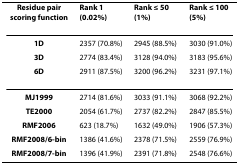
<table><thead><tr><td><b>Residue pair scoring function</b></td><td><b>Rank 1(0.02%)</b></td><td><b>Rank ≤ 50(1%)</b></td><td><b>Rank ≤ 100(5%)</b></td></tr></thead><tbody><tr><td><b>1D</b></td><td>2357 (70.8%)</td><td>2945 (88.5%)</td><td>3030 (91.0%)</td></tr><tr><td><b>3D</b></td><td>2774 (83.4%)</td><td>3128 (94.0%)</td><td>3183 (95.6%)</td></tr><tr><td><b>6D</b></td><td>2911 (87.5%)</td><td>3200 (96.2%)</td><td>3231 (97.1%)</td></tr><tr><td><b>MJ1999</b></td><td>2714 (81.6%)</td><td>3033 (91.1%)</td><td>3068 (92.2%)</td></tr><tr><td><b>TE2000</b></td><td>2054 (61.7%)</td><td>2737 (82.2%)</td><td>2847 (85.5%)</td></tr><tr><td><b>RMF2006</b></td><td>623 (18.7%)</td><td>1632 (49.0%)</td><td>1906 (57.3%)</td></tr><tr><td><b>RMF2008/6-bin</b></td><td>1386 (41.6%)</td><td>2378 (71.5%)</td><td>2559 (76.9%)</td></tr><tr><td><b>RMF2008/7-bin</b></td><td>1396 (41.9%)</td><td>2391 (71.8%)</td><td>2548 (76.6%)</td></tr></tbody></table>